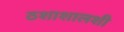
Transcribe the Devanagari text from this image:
ठशाशालशी